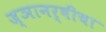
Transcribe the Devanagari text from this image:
ज्ञानर्षीचा